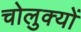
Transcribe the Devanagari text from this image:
चोलुक्यों